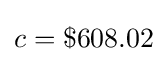
c=\$608.02